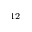
^ { 1 2 }